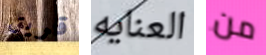
قريق العنايه من